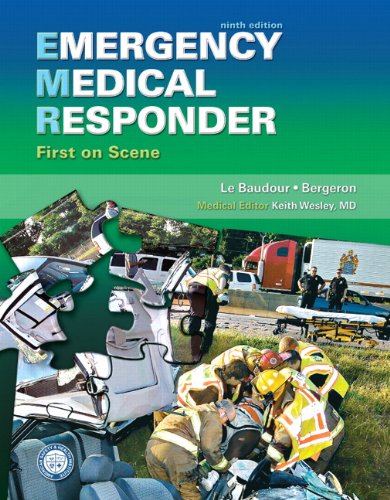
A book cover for Emergency Medical Responder: First on Scene (9th Edition) (Paramedic Care); Chris Le Baudour; Medical Books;